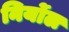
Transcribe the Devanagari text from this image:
निर्योल